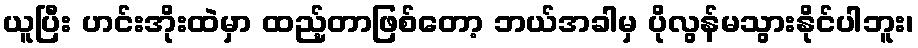
ယူပြီး ဟင်းအိုးထဲမှာ ထည့်တာဖြစ်တော့ ဘယ်အခါမှ ပိုလွန်မသွားနိုင်ပါဘူး၊